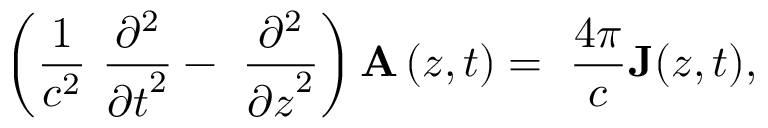
\left( \frac { 1 } { c ^ { 2 } } \ \frac { { \partial } ^ { 2 } } { { \partial t } ^ { 2 } } - \ \frac { { \partial } ^ { 2 } } { { \partial z } ^ { 2 } } \right) { \bf A } \left( z , t \right) = \ \frac { 4 \pi } { c } { \bf J } ( z , t ) ,